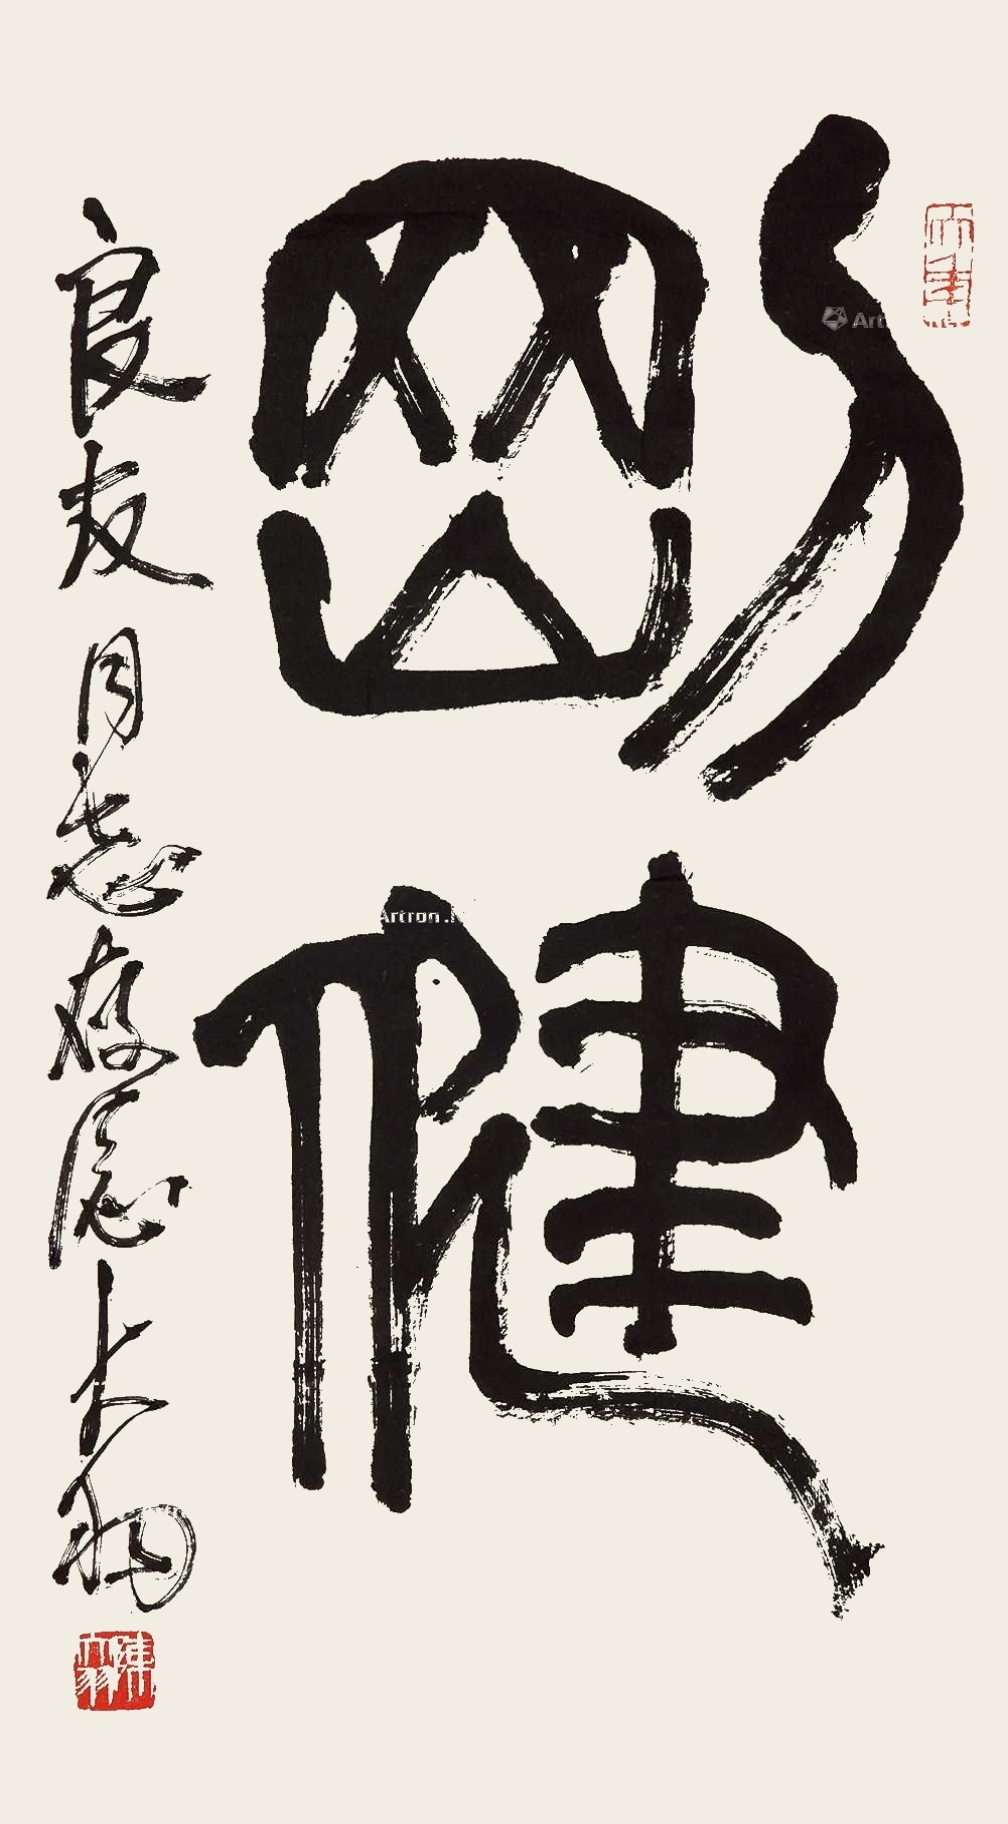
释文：刚健。良友同志存志，大羽。